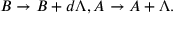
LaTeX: B \rightarrow B + d \Lambda , A \rightarrow A + \Lambda .